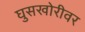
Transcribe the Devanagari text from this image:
घुसखोरीवर